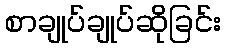
စာချုပ်ချုပ်ဆိုခြင်း